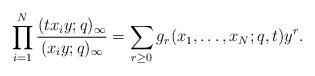
LaTeX: \begin{align*}\prod_{i=1}^N{\frac{(tx_iy; q)_{\infty}}{(x_iy; q)_{\infty}}} = \sum_{r\geq 0}g_r(x_1, \dots, x_N; q, t)y^r.\end{align*}